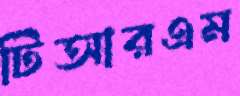
টিআরএম